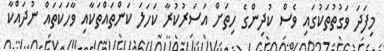
މިފަދަ ވަގުތުތަކުގައި ވެސް ކުދިންގެ ހިތަށް އަސަރުކުރާ ކަހަލަ ކަންތައްތަކާއި ވާހަކަތައް ނުދައްކާ